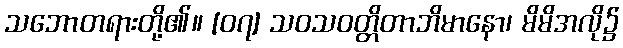
သဘောတရားတို့၏။ [၀၇] သဝသဝတ္တိတာဘိမာနော၊ မိမိအလို၌